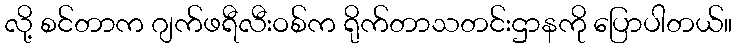
လို့ စင်တာက ဂျက်ဖရီလီးဝစ်က ရိုက်တာသတင်းဌာနကို ပြောပါတယ်။